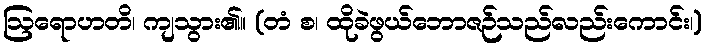
ဩရောဟတိ၊ ကျသွား၏။ (တံ စ၊ ထိုခဲဖွယ်ဘောဇဉ်သည်လည်းကောင်း၊)